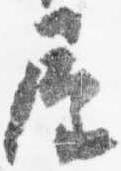
屋